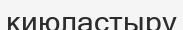
киюластыру